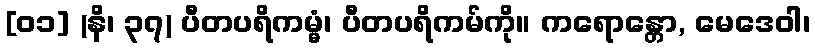
[၀၁] (နိ၊ ၃၇) ပီတပရိကမ္မံ၊ ပီတပရိကမ်ကို။ ကရောန္တော, မေဒေဝါ၊